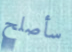
سأصلح